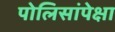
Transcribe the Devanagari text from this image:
पोलिसांपेक्षा